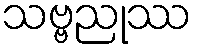
သဗ္ဗညုဿ